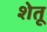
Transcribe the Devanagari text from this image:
शेतू